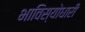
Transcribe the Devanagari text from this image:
भाविस्योधारी